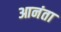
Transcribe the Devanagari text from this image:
आनंता